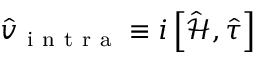
\hat { v } _ { \mathrm { ~ i ~ n ~ t ~ r ~ a ~ } } \equiv i \left[ \hat { \mathcal { H } } , \hat { \tau } \right]